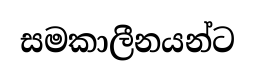
සමකාලීනයන්ට